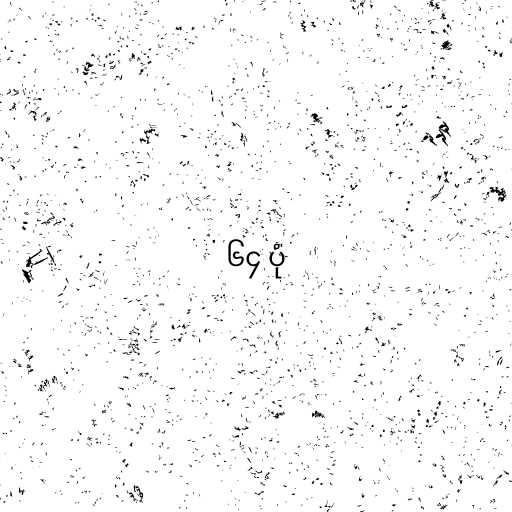
၆၄ ပုံ